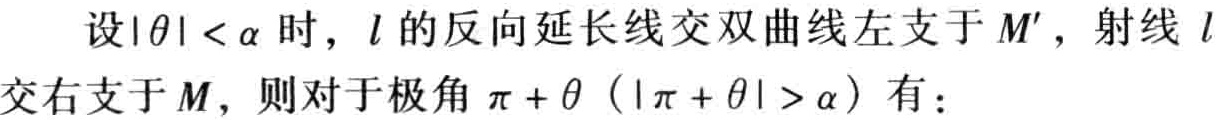
设\(|\theta| < \alpha\)时，\(l\)的反向延长线交双曲线左支于\(M'\)，射线 \(l\)交右支于\(M\)，则对于极角\(\pi + \theta\)（\(|\pi + \theta| > \alpha\)）有：